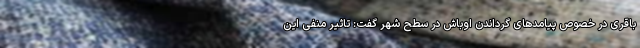
باقری در خصوص پیامدهای گرداندن اوباش در سطح شهر گفت: تاثیر منفی این